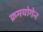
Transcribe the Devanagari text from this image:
क्रमयोगेन